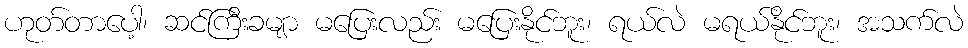
ဟုတ်တာပေါ့၊ ဆင်ကြီးခမျာ မပြေးလည်း မပြေးနိုင်ဘူး၊ ရယ်လဲ မရယ်နိုင်ဘူး၊ အသက်လဲ